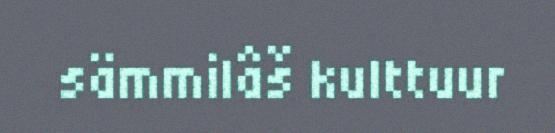
sämmilâš kulttuur